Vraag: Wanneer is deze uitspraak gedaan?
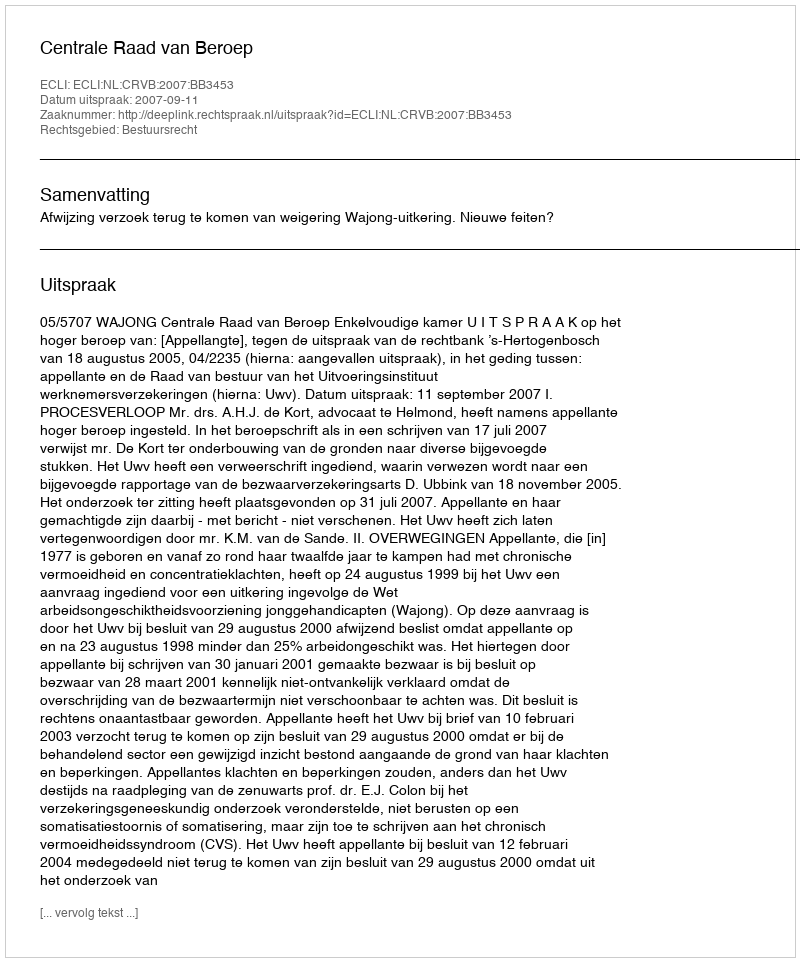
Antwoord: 2007-09-11